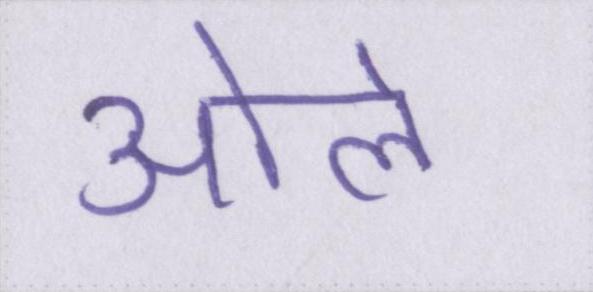
ओले